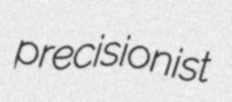
precisionist